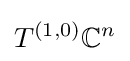
T^{(1,0)}\mathbb {C} ^{n}